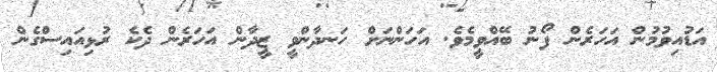
އަޑުއިވުމުން އަހަރެން ފޯނު ބޭއްވީމެވެ. އަހަންނަށް ހަނދާންވީ ޒީދާން އަހަރެން ދެކެ ރުޅިއައިސްގެން